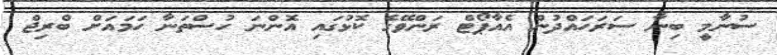
ސުނާމީ ބިނާ ސަރަހައްދުން އެއާޕޯޓް ރަންވޭގެ ކޮޅުގައި އޮންނަ ހުސްތަނާ ހަމައަށް ބްރިޖް